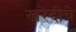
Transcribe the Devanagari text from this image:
खरेदीचे